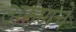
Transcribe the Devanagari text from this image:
अरुणचे